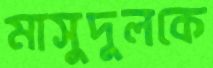
মাসুদুলকে